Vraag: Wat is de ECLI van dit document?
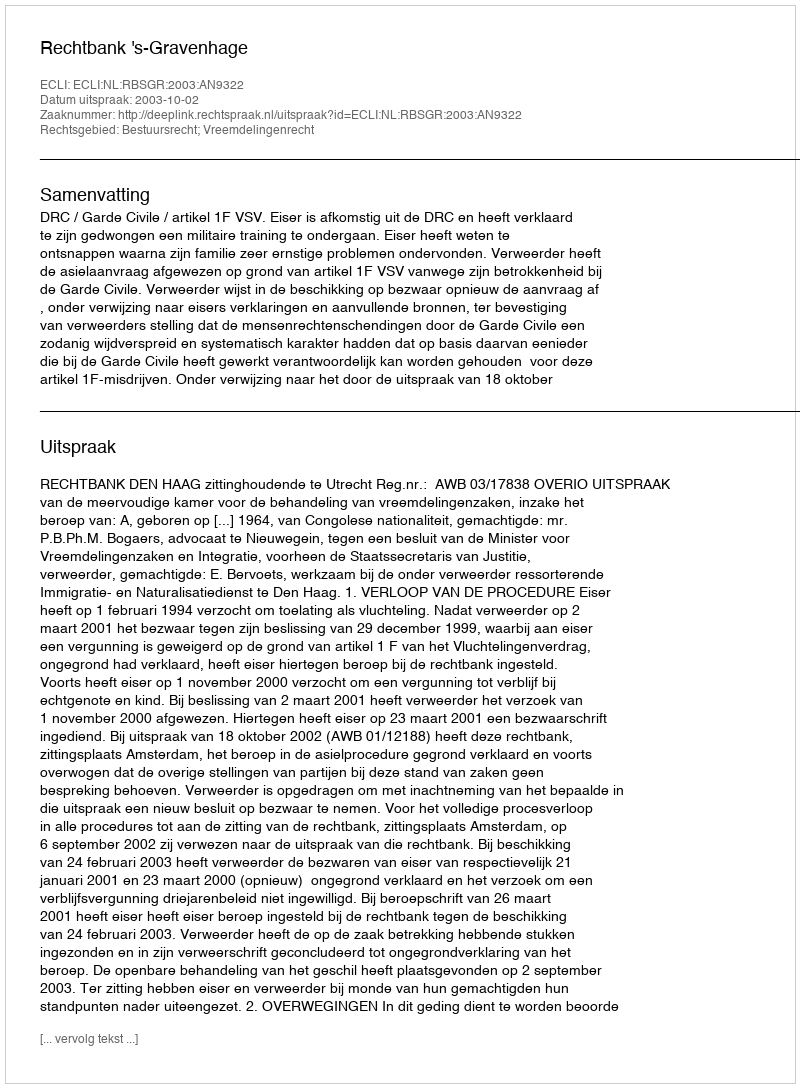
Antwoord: ECLI:NL:RBSGR:2003:AN9322